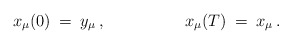
\begin{align*}x_{\mu}(0) \> = \>y_{\mu} \> ,\hspace{2cm} x_{\mu}(T) \> = \>x_{\mu} \> .\end{align*}